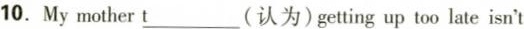
10. My mother\underline{t}(认为)getting up too late isn't